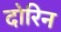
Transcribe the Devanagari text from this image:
दोरिन